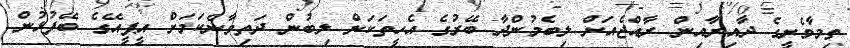
ތިމާވެށީގެ ދާއިރާއިން ރާއްޖެއަށް ލިބެމުންދާ ބޭރުގެ އެހީތަކަށް ލިބުން ދަތިވާނެކަމަށް އީޕީއޭގެ ބޭފުޅުން